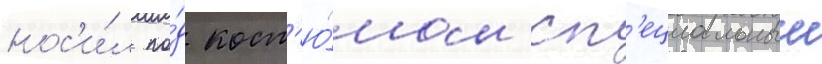
нос'и́л по́д кост'ю́мом сп'ециальныи